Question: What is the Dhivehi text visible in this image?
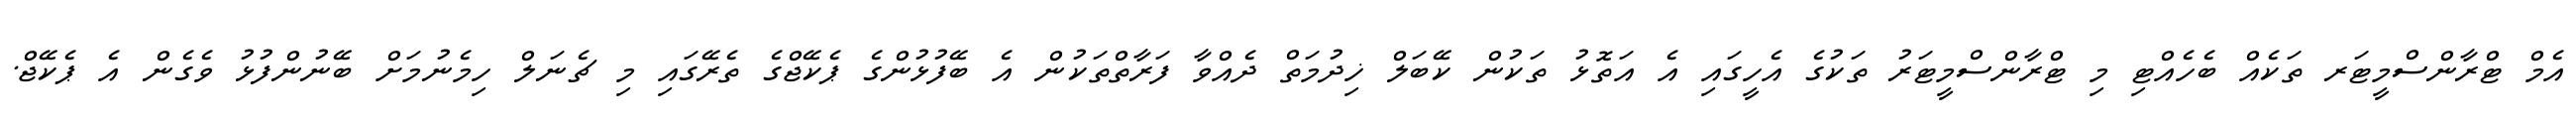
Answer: އެމް ޓްރާންސްމީޓަރ ތަކެއް ބެހެއްޓި މި ޓްރާންސްމީޓަރު ތަކުގެ އެހީގައި އެ އަތޮޅު ތަކުން ކޭބަލް ޚިދުމަތް ދެއްވާ ފަރާތްތަކުން އެ ބޭފުޅުންގެ ޕެކޭޖްގެ ތެރޭގައި މި ޗެނަލް ހިމެނުމަށް ބޭނުންފުޅު ވެގެން އެ ޕެކޭޖް.